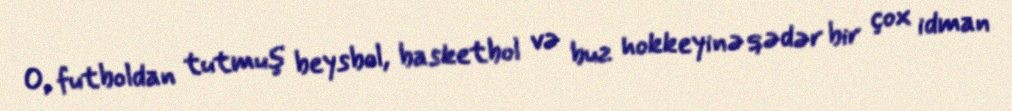
O, futboldan tutmuş beysbol, basketbol və buz hokkeyinə qədər bir çox idman